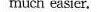
much easier.